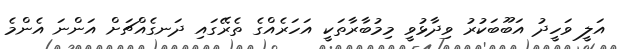
އަލީ ވަހީދު އަބޫބަކުރު ވިދާޅުވީ މިމުބާރާތަކީ އަހަރެއްގެ ތެރޭގައި ދަނގެއްޗަށް އަންނަ އެންމެ